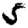
Digit: 5